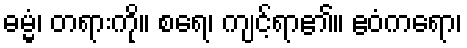
ဓမ္မံ၊ တရားကို။ စရေ၊ ကျင့်ရာ၏။ ဧဝံကရော၊